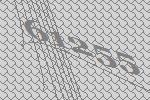
61255